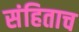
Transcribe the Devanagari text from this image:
संहिताच